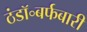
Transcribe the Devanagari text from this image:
ठंडॉ॰बर्फबारी